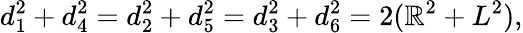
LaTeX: d_{1}^{2}+d_{4}^{2}=d_{2}^{2}+d_{5}^{2}=d_{3}^{2}+d_{6}^{2}=2(\mathbb{R}^{2}+L^{2}),